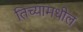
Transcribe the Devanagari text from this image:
तिच्यामधील